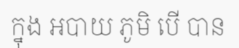
ក្នុង អបាយ ភូមិ បើ បាន